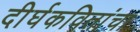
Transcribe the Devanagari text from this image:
दीर्घकवितांचा